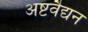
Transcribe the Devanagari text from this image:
अष्टवैद्यन